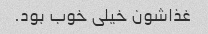
غذاشون خیلی خوب بود.